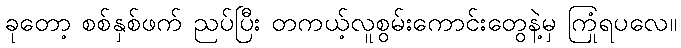
ခုတော့ စစ်နှစ်ဖက် ညပ်ပြီး တကယ့်လူစွမ်းကောင်းတွေနဲ့မှ ကြုံရပလေ။